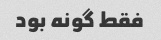
فقط گونه بود